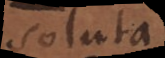
soluta.